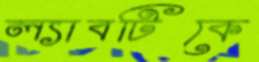
ল্যাবটিকে